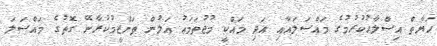
ޙަޔާތް އިސްލާޙުކުރުމުގެ މައްސަލައާއި އަދި މައްކީ މުޖުތަމަޢު އަލުން ތަންޒީމުކުރާނޭ ގޮތުގެ މައްސަލަ